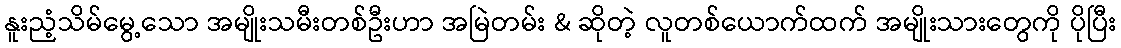
နူးညံ့သိမ်မွေ့သော အမျိုးသမီးတစ်ဦးဟာ အမြဲတမ်း & ဆိုတဲ့ လူတစ်ယောက်ထက် အမျိုးသားတွေကို ပိုပြီး